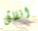
انفاق